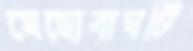
মেছোবাঘটি